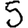
Digit: 5